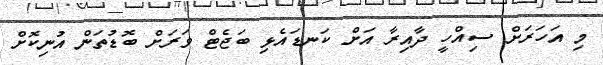
މި އަހަރަށް ސިއްހީ ދާއިރާ އަށް ކަނޑައެޅި ބަޖެޓް ވަރަށް ބޮޑުތަން އުނިކޮށްް